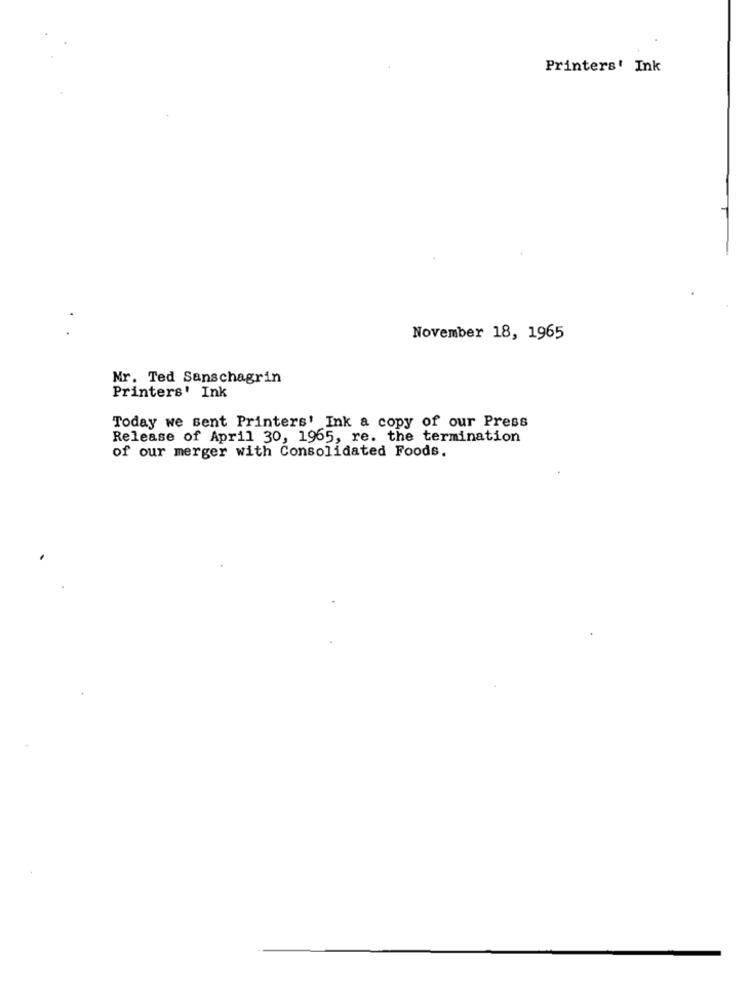
Printers' Ink
November 18, 1965
Mr. Ted Sanschagrin
Printers' Ink
Today we sent Printers' Ink a copy of our Press
Release of April 30, 1965, re. the termination
of our merger with Consolidated Foods.